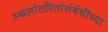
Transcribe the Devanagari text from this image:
स्थलांतरितांसंबंधीच्या